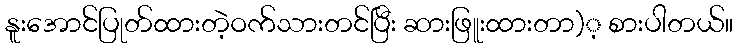
နူးအောင်ပြုတ်ထားတဲ့ဝက်သားတင်ပြီး ဆားဖြူးထားတာ)့ စားပါတယ်။